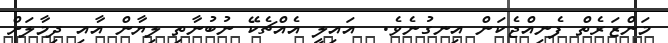
މަންޒަރެތް ފެނިއްޖެކަން އިނގުނެވެ.  އައިލީ އެއްޗެކޭ ނުބުނާތި ލިޔާން އާއި ދިމާލަށް